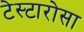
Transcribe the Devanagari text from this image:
टेस्टारोसा